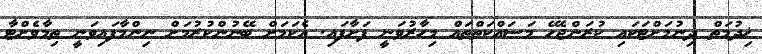
ޚިދުމަތް ދިނުމަށްޓަކައި ކުރަންޖެހޭ މަސައްކަތްތައް މިހާރުވަނީ ފަށާފައި. އެކަމަށް ބޭނުންކުރުމަށް ނިންމާފައިވަނީ ތިމާވެށްޓާ